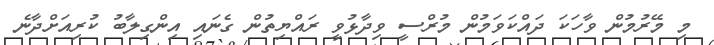
މި މޭރުމުން ވާހަކަ ދައްކަވަމުން މުރްސީ ވިދާޅުވީ ރައްޔިތުން ގެނައި އިންގިލާބު ކުރިއަށްދާނެ